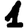
Digit: 1